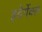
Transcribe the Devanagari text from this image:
इदेर्गेवल